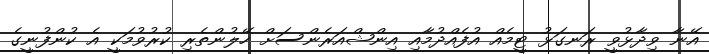
އޭނާ ވިދާޅުވީ ރަނގަޅު ޓީމެއް އުފެއްދުމާއި އިންޝްއަރެންސަށް ހޭލުންތެރި ކުރުވުމަކީ އެ ކުންފުނީގެ